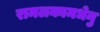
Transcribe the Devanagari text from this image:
रामलकामधेनु